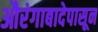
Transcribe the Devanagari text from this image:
औरंगाबादेपासून